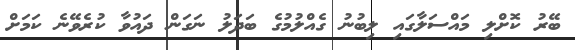
ބޭރު ކޮށްލި މައްސަލާގައި ލިބުނު ގެއްލުމުގެ ބަދަލު ނަގަން ދައުވާ ކުރެވޭނެ ކަމަށް